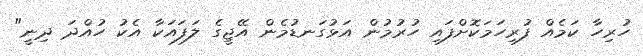
ހުރިހާ ކަމެއް ފުރިހަމަކޮށްފައި ހުރުމުން އަޅުގަނޑުމެން އޭޖީގެ ލަފައަކާ އެކު ހުއްދަ ދިނީ"